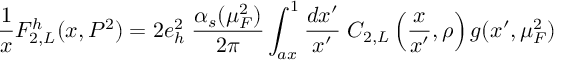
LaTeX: \frac { 1 } { x } F _ { 2 , L } ^ { h } ( x , P ^ { 2 } ) = 2 e _ { h } ^ { 2 } \; \frac { \alpha _ { s } ( \mu _ { F } ^ { 2 } ) } { 2 \pi } \int _ { a x } ^ { 1 } \frac { d x ^ { \prime } } { x ^ { \prime } } \; C _ { 2 , L } \left( \frac { x } { x ^ { \prime } } , \rho \right) g ( x ^ { \prime } , \mu _ { F } ^ { 2 } )